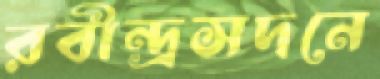
রবীন্দ্রসদনে